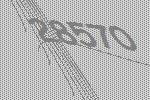
28570